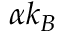
\alpha k _ { B }